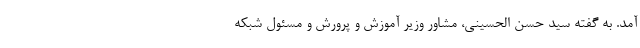
آمد. به گفته سید حسن الحسینی، مشاور وزیر آموزش و پرورش و مسئول شبکه